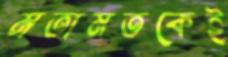
মতামতকেই